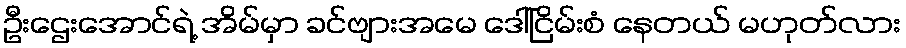
ဦးဌေးအောင်ရဲ့ အိမ်မှာ ခင်ဗျားအမေ ဒေါ်ငြိမ်းစံ နေတယ် မဟုတ်လား